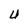
Character: U